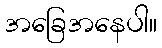
အခြေအနေပါ။